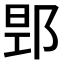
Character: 𮟻